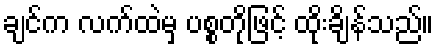
ချင်က လက်ထဲမှ ပစ္စတိုဖြင့် ထိုးချိန်သည်။